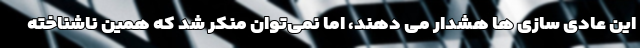
این عادی سازی ها هشدار می دهند، اما نمی‌توان منکر شد که همین ناشناخته